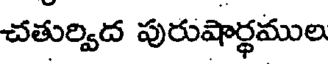
చతుర్విద పురుషార్థముల